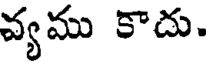
వ్యము కాదు.